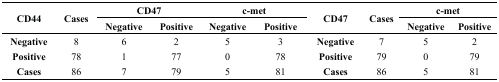
<table><thead><tr><td rowspan="2"><b>CD44</b></td><td rowspan="2"><b>Cases</b></td><td colspan="2"><b>CD47</b></td><td colspan="2"><b>c-met</b></td><td rowspan="2"><b>CD47</b></td><td rowspan="2"><b>Cases</b></td><td colspan="2"><b>c-met</b></td></tr><tr><td><b>Negative</b></td><td><b>Positive</b></td><td><b>Negative</b></td><td><b>Positive</b></td><td><b>Negative</b></td><td><b>Positive</b></td></tr></thead><tbody><tr><td><b>Negative</b></td><td>8</td><td>6</td><td>2</td><td>5</td><td>3</td><td><b>Negative</b></td><td>7</td><td>5</td><td>2</td></tr><tr><td><b>Positive</b></td><td>78</td><td>1</td><td>77</td><td>0</td><td>78</td><td><b>Positive</b></td><td>79</td><td>0</td><td>79</td></tr><tr><td><b>Cases</b></td><td>86</td><td>7</td><td>79</td><td>5</td><td>81</td><td><b>Cases</b></td><td>86</td><td>5</td><td>81</td></tr></tbody></table>